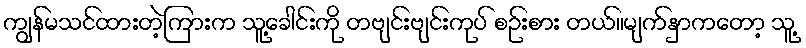
ကျွန်မသင်ထားတဲ့ကြားက သူ့ခေါင်းကို တဗျင်းဗျင်းကုပ် စဉ်းစား တယ်။မျက်နှာကတော့ သူ့